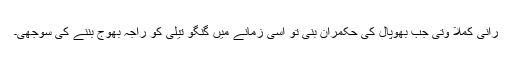
رانی کملا وتی جب بھوپال کی حکمران بنی تو اسی زمانے میں گنگو تیلی کو راجہ بھوج بننے کی سوجھی۔